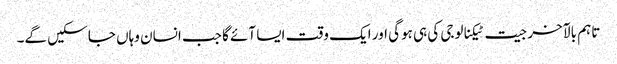
تاہم بالآخر جیت ٹیکنالوجی کی ہی ہوگی اور ایک وقت ایسا آئے گا جب انسان وہاں جا سکیں گے۔